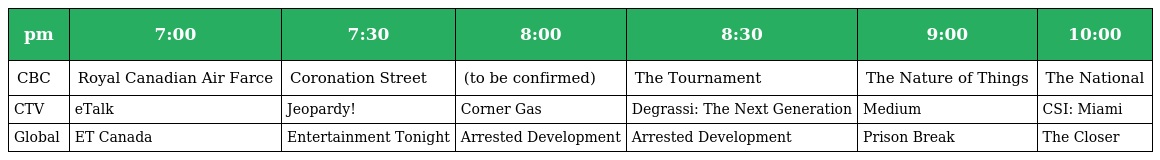
| pm | 7:00 | 7:30 | 8:00 | 8:30 | 9:00 | 10:00 |
 | --- | --- | --- | --- | --- | --- | --- |
 | CBC | Royal Canadian Air Farce | Coronation Street | (to be confirmed) | The Tournament | The Nature of Things | The National |
 | CTV | eTalk | Jeopardy! | Corner Gas | Degrassi: The Next Generation | Medium | CSI: Miami |
 | Global | ET Canada | Entertainment Tonight | Arrested Development | Arrested Development | Prison Break | The Closer |